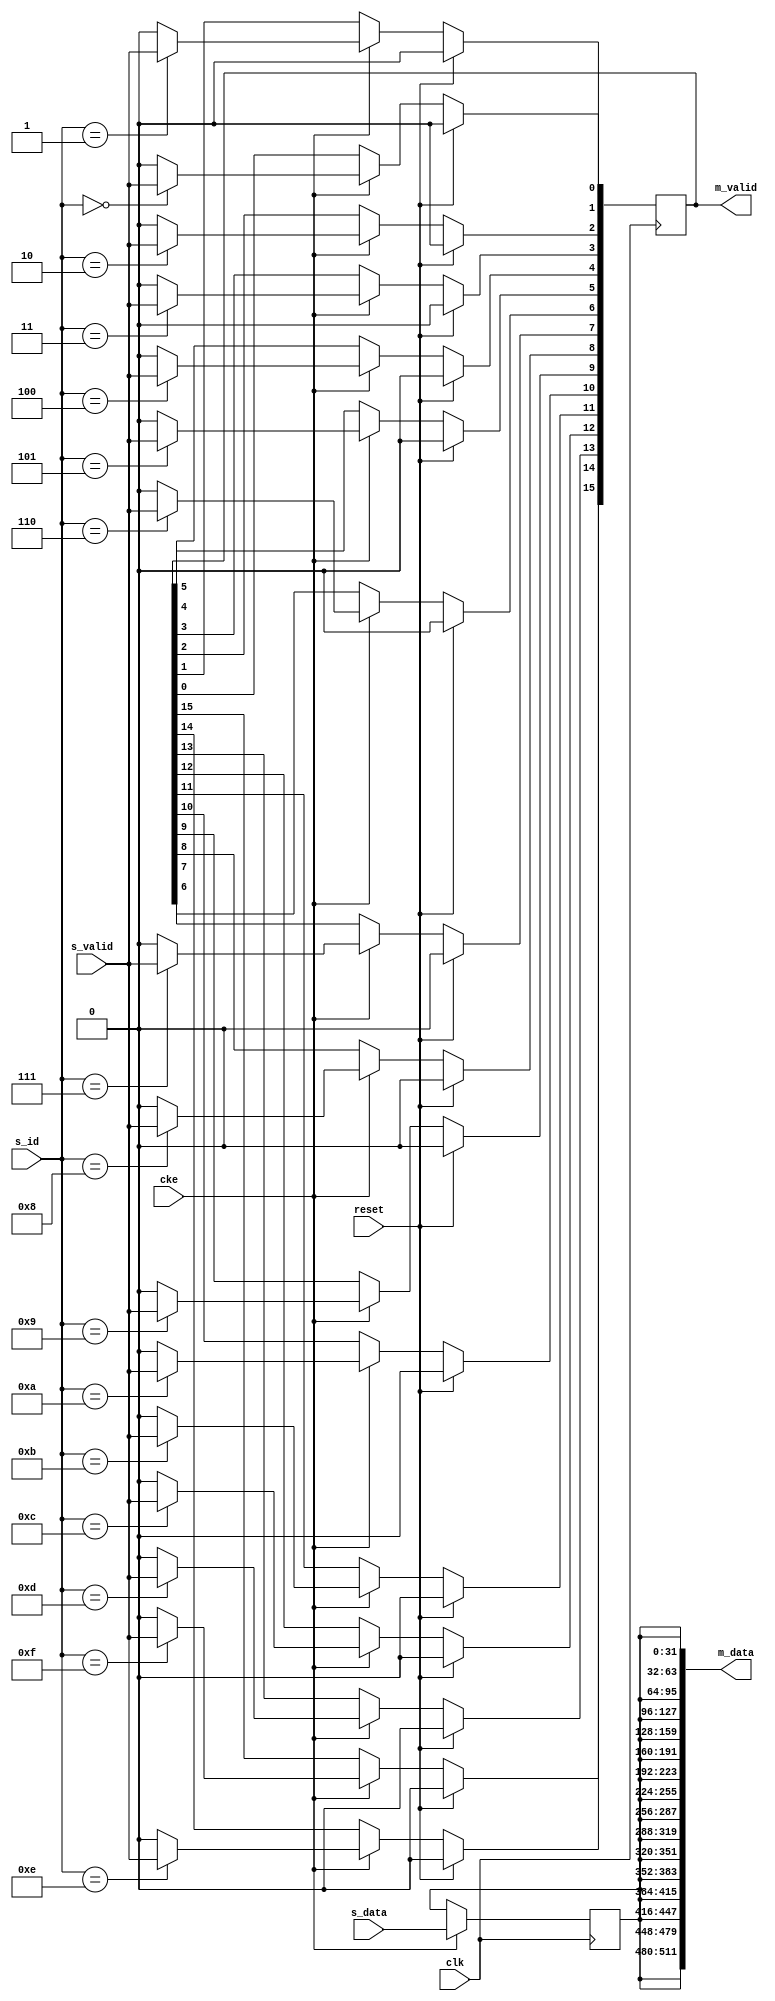
module jelly_data_switch_simple
        #(
            parameter   NUM         = 16,
            parameter   ID_WIDTH    = 4,
            parameter   DATA_WIDTH  = 32,
            parameter   USE_M_READY = 1
        )
        (
            input   wire                            reset,
            input   wire                            clk,
            input   wire                            cke,
            
            input   wire    [ID_WIDTH-1:0]          s_id,
            input   wire    [DATA_WIDTH-1:0]        s_data,
            input   wire                            s_valid,
            
            output  wire    [NUM*DATA_WIDTH-1:0]    m_data,
            output  wire    [NUM-1:0]               m_valid
        );
    
    
    // -----------------------------------------
    //  switch
    // -----------------------------------------
    
    reg     [NUM-1:0]           reg_valid;
    reg     [DATA_WIDTH-1:0]    reg_data;
    
    integer                     i;
    
    always @(posedge clk) begin
        if ( cke ) begin
            reg_data <= s_data;
        end
    end
    
    always @(posedge clk) begin
        if ( reset ) begin
            reg_valid <= {NUM{1'b0}};
        end
        else if( cke ) begin
            reg_valid <= {NUM{1'b0}};
            for ( i = 0; i < NUM; i = i+1 ) begin
                if ( s_id == i ) begin
                    reg_valid[i] <= s_valid;
                end
            end
        end
    end
        
    assign m_data  = {NUM{reg_data}};
    assign m_valid = reg_valid;
    
endmodule